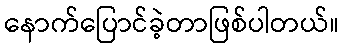
နောက်ပြောင်ခဲ့တာဖြစ်ပါတယ်။